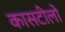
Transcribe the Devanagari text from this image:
कासटीलो